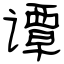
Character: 谭